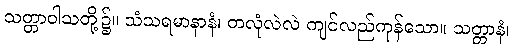
သတ္တာဝါသတို့၌။ သံသရမာနာနံ၊ တလုံလဲလဲ ကျင်လည်ကုန်သော။ သတ္တာနံ၊